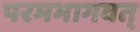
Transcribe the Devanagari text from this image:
परमभागवत्